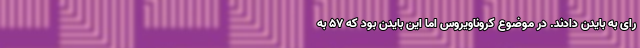
رای به بایدن دادند. در موضوع کروناویروس اما این بایدن بود که ۵۷ به